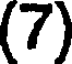
(7)